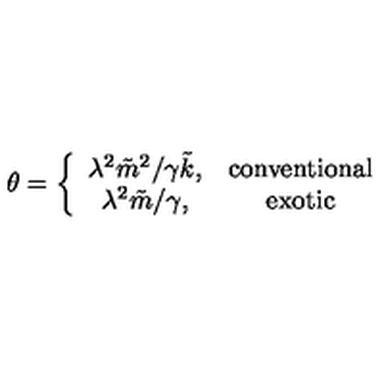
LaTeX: { \theta } = \left\{ \begin{array} { c c } { { \lambda ^ { 2 } { \tilde { m } } ^ { 2 } } / { \gamma { \tilde { k } } } , } & { \mathrm { c o n v e n t i o n a l } } \\ { { \lambda ^ { 2 } } { \tilde { m } } / \gamma , } & { \mathrm { e x o t i c } } \\ \end{array} \right.